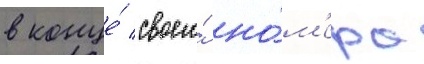
в конце́ своего́ но́м'ера